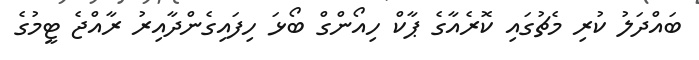
ބައްދަލު ކުރި މެޗުގައި ކޮރެއާގެ ޕާކް ހިއޯންގް ބޯޅަ ހިފައިގެންދާއިރު ރާއްޖެ ޓީމުގެ